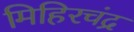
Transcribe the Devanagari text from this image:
मिहिरचंद्र